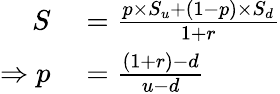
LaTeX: \begin{array}{rl}{S}&{{}={\frac{p\times S_{u}+(1-p)\times S_{d}}{1+r}}}\\ {\Rightarrow p}&{{}={\frac{(1+r)-d}{u-d}}}\end{array}